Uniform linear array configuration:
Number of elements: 64
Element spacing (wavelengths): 0.75
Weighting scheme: binomial
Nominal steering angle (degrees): -60
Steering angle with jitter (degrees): -60.2
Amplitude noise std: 0.05
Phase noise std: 0.05

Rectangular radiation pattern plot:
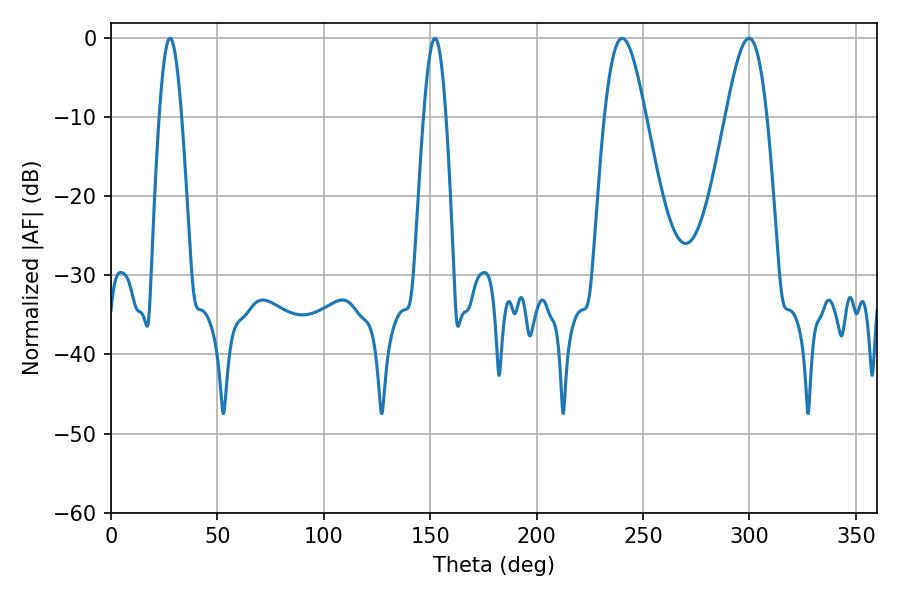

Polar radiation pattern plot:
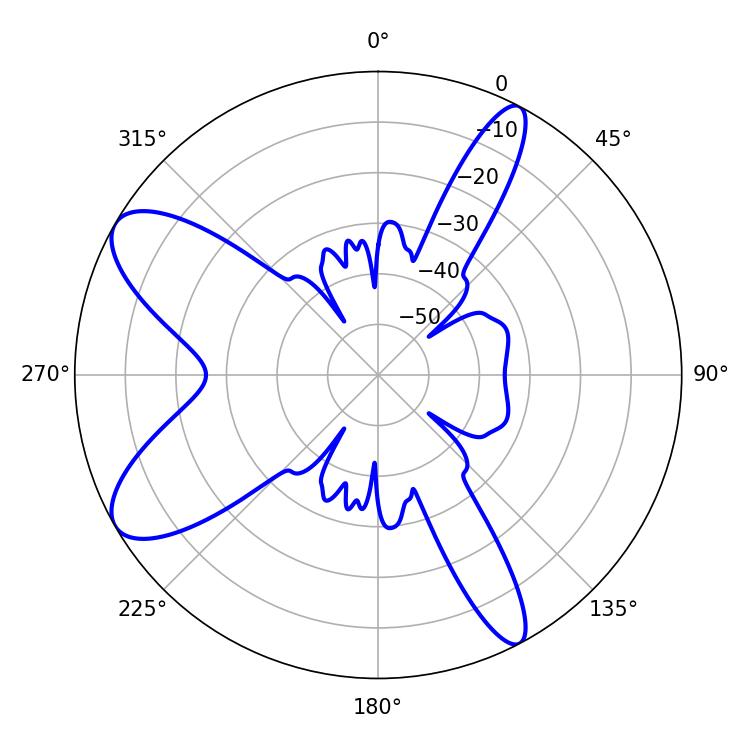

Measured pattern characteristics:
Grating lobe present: TRUE
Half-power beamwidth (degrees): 5.58
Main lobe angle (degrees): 27.72